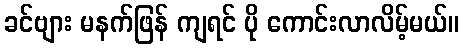
ခင်ဗျား မနက်ဖြန် ကျရင် ပို ကောင်းလာလိမ့်မယ်။